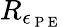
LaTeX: R_{\epsilon_{\mathrm{~P~E~}}}